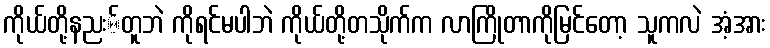
ကိုယ်တို့နညး်တူဘဲ ကိုရင်မပါဘဲ ကိုယ်တို့တသိုက်က လာကြိုတာကိုမြင်တော့ သူကလဲ အံ့အား